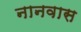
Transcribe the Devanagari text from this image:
नानवास